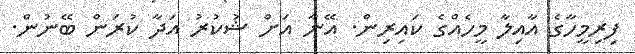
ފިރިމީހާގެ އާއިލާ މީހެއްގެ ކައިރިން. އޭނާ އަށް ޝުކުރު އަދާ ކުރަން ބޭނުން.